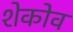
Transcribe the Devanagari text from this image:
शेकोव